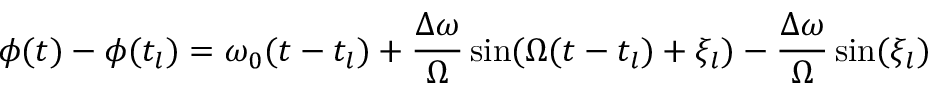
\phi ( t ) - \phi ( t _ { l } ) = \omega _ { 0 } ( t - t _ { l } ) + \frac { \Delta \omega } { \Omega } \sin ( \Omega ( t - t _ { l } ) + \xi _ { l } ) - \frac { \Delta \omega } { \Omega } \sin ( \xi _ { l } )